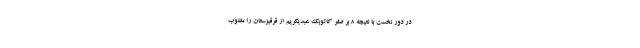
در دور نخست با نتیجه ۸ بر صفر کاتوبک عبدیکریم از قرقیزستان را مغلوب